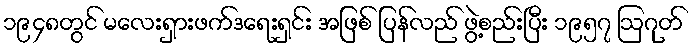
၁၉၄၈တွင် မလေးရှားဖက်ဒရေးရှင်း အဖြစ် ပြန်လည် ဖွဲ့စည်းပြီး ၁၉၅၇ ဩဂုတ်